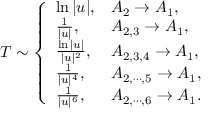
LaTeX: T \sim \left\{ \begin{array} { l l } { { \ln | u | , } } & { { A _ { 2 } \to A _ { 1 } , } } \\ { { { \frac { 1 } { | u | } } , } } & { { A _ { 2 , 3 } \to A _ { 1 } , } } \\ { { { \frac { \ln | u | } { | u | ^ { 2 } } } , } } & { { A _ { 2 , 3 , 4 } \to A _ { 1 } , } } \\ { { { \frac { 1 } { | u | ^ { 4 } } } , } } & { { A _ { 2 , \cdots , 5 } \to A _ { 1 } , } } \\ { { { \frac { 1 } { | u | ^ { 6 } } } , } } & { { A _ { 2 , \cdots , 6 } \to A _ { 1 } . } } \end{array} \right.